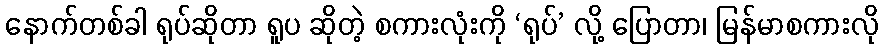
နောက်တစ်ခါ ရုပ်ဆိုတာ ရူပ ဆိုတဲ့ စကားလုံးကို ‘ရုပ်’ လို့ ပြောတာ၊ မြန်မာစကားလို